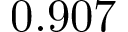
0 . 9 0 7